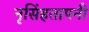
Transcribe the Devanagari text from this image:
नृसिंहतापनी